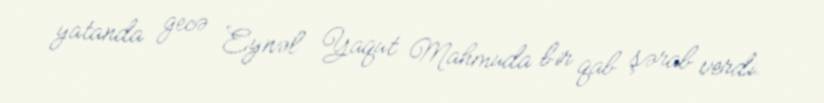
yatanda gecə Eynəl Yaqut Mahmuda bir qab şərab verdi.